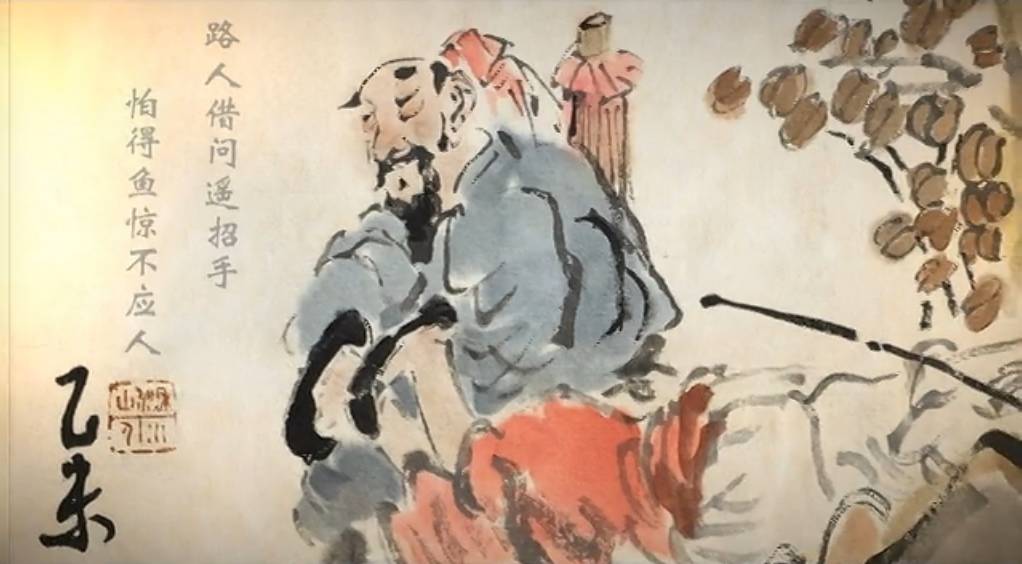
路人借问遥招手，怕得鱼惊不应人。